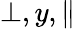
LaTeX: \perp,y,\parallel